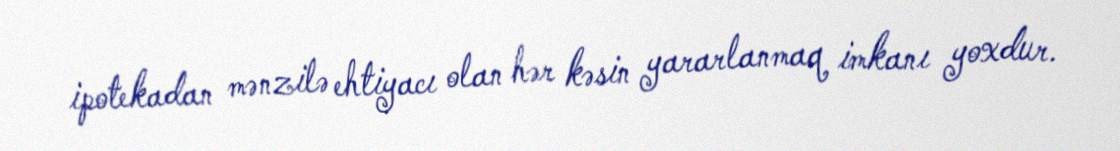
ipotekadan mənzilə ehtiyacı olan hər kəsin yararlanmaq imkanı yoxdur.